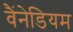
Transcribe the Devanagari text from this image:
वैंनेडियम